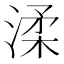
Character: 渘